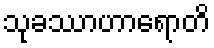
သုခဿာဟာရောတိ